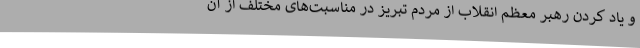
و یاد کردن رهبر معظم انقلاب از مردم تبریز در مناسبت‌های مختلف از آن